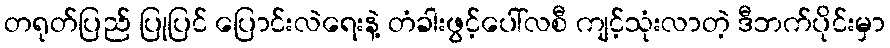
တရုတ်ပြည် ပြုပြင် ပြောင်းလဲရေးနဲ့ တံခါးဖွင့်ပေါ်လစီ ကျင့်သုံးလာတဲ့ ဒီဘက်ပိုင်းမှာ